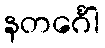
နတင်္ဂေါ